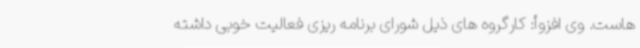
هاست. وی افزوأ: کارگروه های ذیل شورای برنامه ریزی فعالیت خوبی داشته